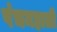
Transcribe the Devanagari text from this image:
पंचमहाली